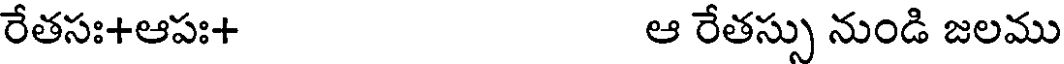
రేతసః+ఆపః+ ఆ రేతస్సు నుండి జలము